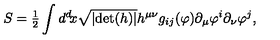
S = { \textstyle { \frac { 1 } { 2 } } } \int d ^ { d } \! x \sqrt { \vert \mathrm { d e t } ( h ) \vert } h ^ { \mu \nu } g _ { i j } ( \varphi ) \partial _ { \mu } \varphi ^ { i } \partial _ { \nu } \varphi ^ { j } ,